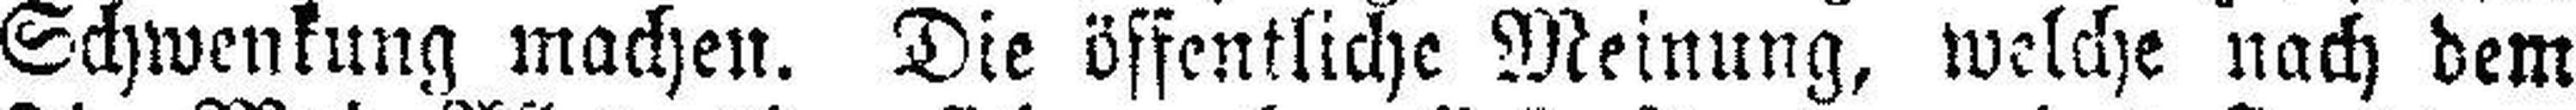
Schwenkung machen. Die öffentliche Meinung, welche nach dem